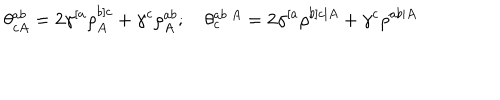
LaTeX: \theta _ { c A } ^ { a b } = 2 \gamma ^ { [ a } \rho _ { A } ^ { b ] c } + \gamma ^ { c } \rho _ { A } ^ { a b } ; \quad \theta _ { c } ^ { a b \ A } = 2 \gamma ^ { [ a } \rho ^ { b ] c \vert A } + \gamma ^ { c } \rho ^ { a b \vert A }